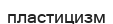
пластицизм